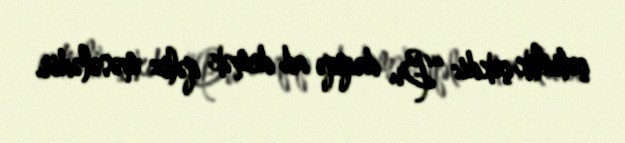
çətinlik çəkdi: “Bu dəqiqə ad demək qəliz məsələdir.